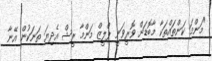
"މަންމަ ކަންތައްތަކާ މާބޮޑަށް ވޮރީވަނީ ޕްލީޒް މަންމާ ރީޝް އެދިޔަ ތަނަކުން އޭނާ